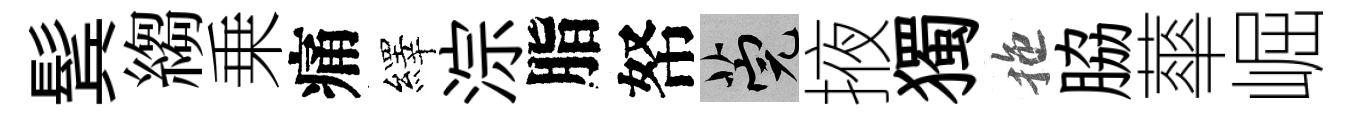
鬂縐乗痛繹淙脂帑筦掖獨拖脇蕐崛